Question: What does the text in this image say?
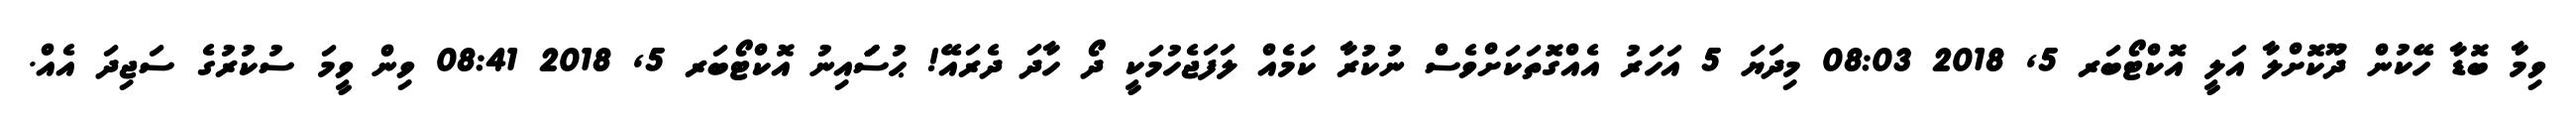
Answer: ވިމާ ބޮޑާ ހޭކުން ދޫކޮށްލާ އަލީ އޮކްޓޯބަރ 5, 2018 08:03 މިދަޔަ 5 އަހަރު އެއްގޮތަކަށްވެސް ނުކުރާ ކަމެއް ލަފަޖެހުމަކީ ދޯ ހާދަ ދެރައޭ! ޙުސަަަަަަަައިނު އޮކްޓޯބަރ 5, 2018 08:41 ވިން ވީމަ ސުކުރުގެ ސަޖިދަ އެއް.